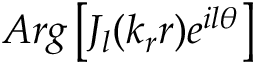
A r g \left[ J _ { l } ( k _ { r } r ) e ^ { i l \theta } \right]